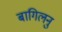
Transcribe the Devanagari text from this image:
बागिलनु